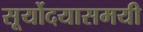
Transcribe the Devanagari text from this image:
सूर्योदयासमयी